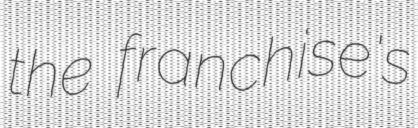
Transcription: the franchise's